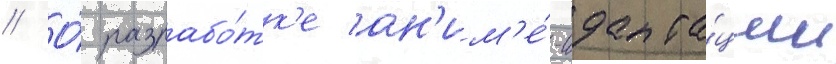
// О́ разрабо́тк'е ан'им'е́-адапта́ции